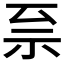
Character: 𫀀